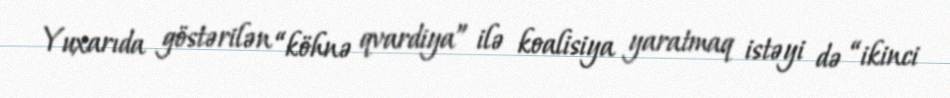
Yuxarıda göstərilən “köhnə qvardiya” ilə koalisiya yaratmaq istəyi də “ikinci